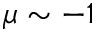
\mu \sim - 1